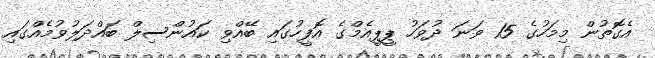
އެގޮތުން މިމަހުގެ 15 ވަނަ ދުވަހު ޕީޕީއެމްގެ އޮފީހުގައި ބޭއްވި ކައުންސިލް ބައްދަލުވުމެއްގައި